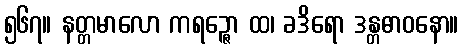
၅၆၇။ နတ္တမာလော ကရဉ္ဇော ထ၊ ခဒိရော ဒန္တဓာဝနော။